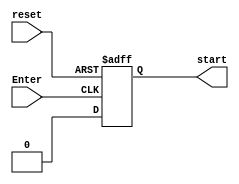
`timescale 1ns / 1ps
//////////////////////////////////////////////////////////////////////////////////
// Company: 
// Engineer: 
// 
// Design Name: 
// Module Name: start_screen
// Project Name: 
// Target Devices: 
// Tool Versions: 
// Description: 
// 
// Dependencies: 
// 
// Revision:
// Revision 0.01 - File Created
// Additional Comments:
// 
//////////////////////////////////////////////////////////////////////////////////


module start_screen(
    input reset,
    input Enter,
    output reg start
    );
    
    
    always @(negedge reset or posedge Enter) begin
        if (~reset) start <= 1;
        else start <= 0;
    end
endmodule